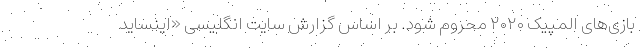
بازی‌های المپیک ۲۰۲۰ محروم شود. بر اساس گزارش سایت انگلیسی «اینساید